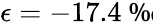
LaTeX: \epsilon=-17.4\mathrm{~\textperthousand~}